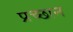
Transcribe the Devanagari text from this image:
प्रच्छान